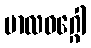
ဗာလဝဂ္ဂေါ